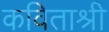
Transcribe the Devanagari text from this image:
कविताश्री